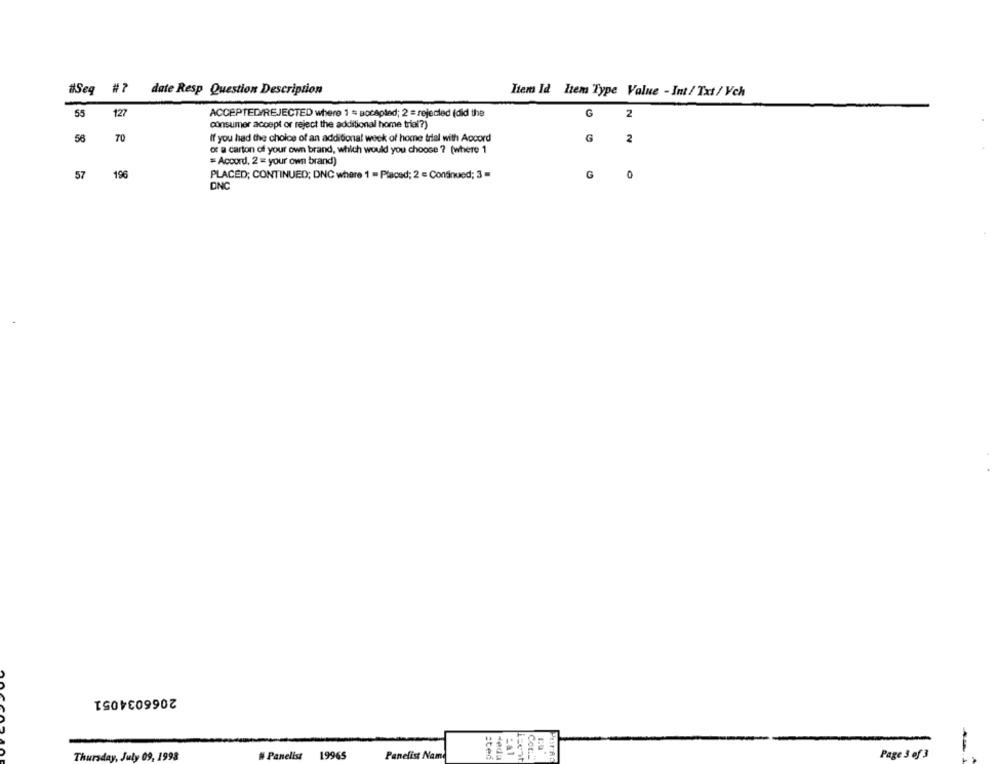
#7
date Resp Question Description
Items Id Items Type Value - Int/ Txt/ Vch
55
127
ACCEPTED/REJECTED where 1 = Bocapled; 2 = rejected (did the
G
2
consumer accept or reject the additional home trial?)
56
If you had the choice of an additional week of home trial with Accord
70
G
2
of a carton of your own brand, which would you choose ? (where 1
= Accord, 2 = your own brand)
57
196
PLACED; CONTINUED; DNC where 1 = Placed; 2 = Continued; 3 =
G
DNC
2066034051
Thursday, July 09, 1993
N Panelist
19965
Panelist Nam
:ted
Hedu
Cont
Page 3of 3